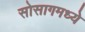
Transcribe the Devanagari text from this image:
सोसागमध्ये